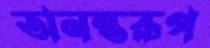
অনন্তরূপ